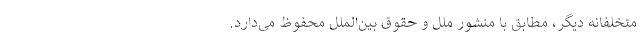
متخلفانه دیگر، مطابق با منشور ملل و حقوق بین‌الملل محفوظ می‌دارد.